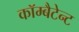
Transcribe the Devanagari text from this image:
कॉम्बैटेन्ट